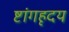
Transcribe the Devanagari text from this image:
ष्टांगहृदय